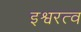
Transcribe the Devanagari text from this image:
इश्वरत्व